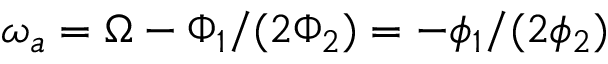
\omega _ { a } = \Omega - \Phi _ { 1 } / ( 2 \Phi _ { 2 } ) = - \phi _ { 1 } / ( 2 \phi _ { 2 } )